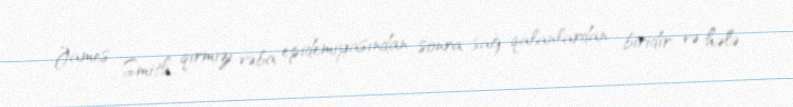
James Smith, qırmızı vəba epidemiyasından sonra sağ qalanlardan biridir və hələ